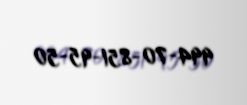
994-70-851-95-50